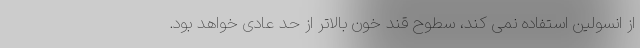
از انسولین استفاده نمی کند، سطوح قند خون بالاتر از حد عادی خواهد بود.